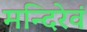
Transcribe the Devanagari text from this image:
मन्दिरेवं